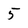
Character: 5